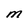
Character: M